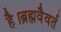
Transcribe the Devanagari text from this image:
है।ब्रह्मवैवर्त